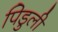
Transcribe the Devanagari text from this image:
पिडुली